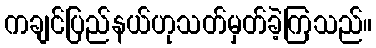
ကချင်ပြည်နယ်ဟုသတ်မှတ်ခဲ့ကြသည်။